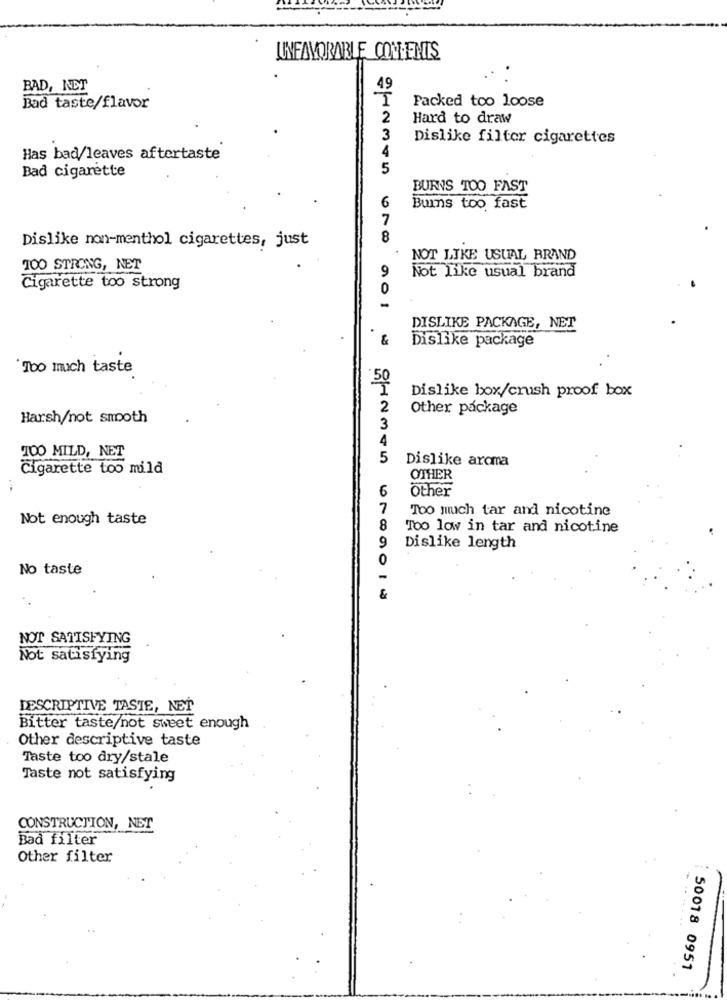
UNFAVORABLE COM.ENTS
BAD, NET
Packed too loose
Bad taste/flavor
2
Hard to draw
3
Dislike filter cigarettes
4
Has bad/leaves aftertaste
5
Bad cigarette
BURNS TOO FAST
6
Burns too fast
7
Dislike non-menthol cigarettes, just
8
NOT LIKE USUAL BRAND
TOO STRONG, NET
9
Not like usual brand
Cigarette too strong
0
DISLIKE PACKAGE, NET
Dislike package
Too much taste
50
Dislike box/crush proof box
2
Other package
Harsh/not smooth
3
4
100 MILD, NET
5
Dislike aroma
Cigarette too mild
OTHER
6
Other
7
Too much tar and nicotine
Not enough taste
8
Too low in tar and nicotine
9
Dislike length
No taste
NOT SATISFYING
Not satisfying
DESCRIPTIVE TASTE, NET
Bitter taste/not sweet enough
Other descriptive taste
Taste too dry/stale
Taste not satisfying
CONSTRUCTION, NET
Bad filter
Other filter
... .
50018 0951